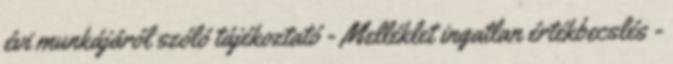
évi munkájáról szóló tájékoztató - Melléklet ingatlan értékbecslés -